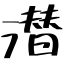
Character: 潜